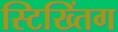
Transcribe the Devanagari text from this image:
स्टिख्तिंग